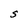
Character: S